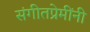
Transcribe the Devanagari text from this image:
संगीतप्रेमींनी